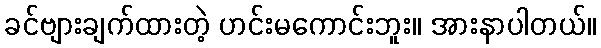
ခင်ဗျားချက်ထားတဲ့ ဟင်းမကောင်းဘူး။ အားနာပါတယ်။